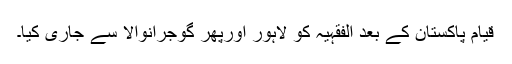
قیامِ پاکستان کے بعد الفقہیہ کو لاہور اورپھر گوجرانوالا سے جاری کیا۔